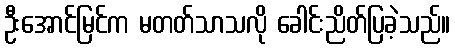
ဦးအောင်မြင်က မတတ်သာသလို ခေါင်းညိတ်ပြခဲ့သည်။